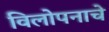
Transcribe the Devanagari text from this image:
विलोपनाचे